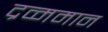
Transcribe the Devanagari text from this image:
द्रव्ममान